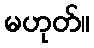
မဟုတ်။